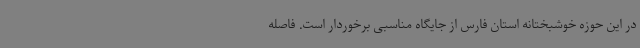
در این حوزه خوشبختانه استان فارس از جایگاه مناسبی برخوردار است. فاصله